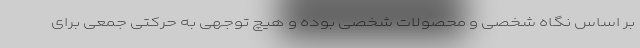
بر اساس نگاه شخصی و محصولات شخصی بوده و هیچ توجهی به حرکتی جمعی برای